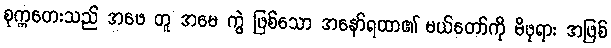
စုက္ကတေးသည် အဖေ တူ အမေ ကွဲ ဖြစ်သော အနော်ရထာ၏ မယ်တော်ကို မိဖုရား အဖြစ်